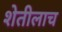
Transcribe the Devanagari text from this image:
शेतीलाच